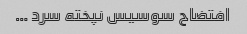
افتضاح سوسیس نپخته سرد …